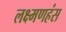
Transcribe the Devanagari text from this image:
लक्ष्मणहंस